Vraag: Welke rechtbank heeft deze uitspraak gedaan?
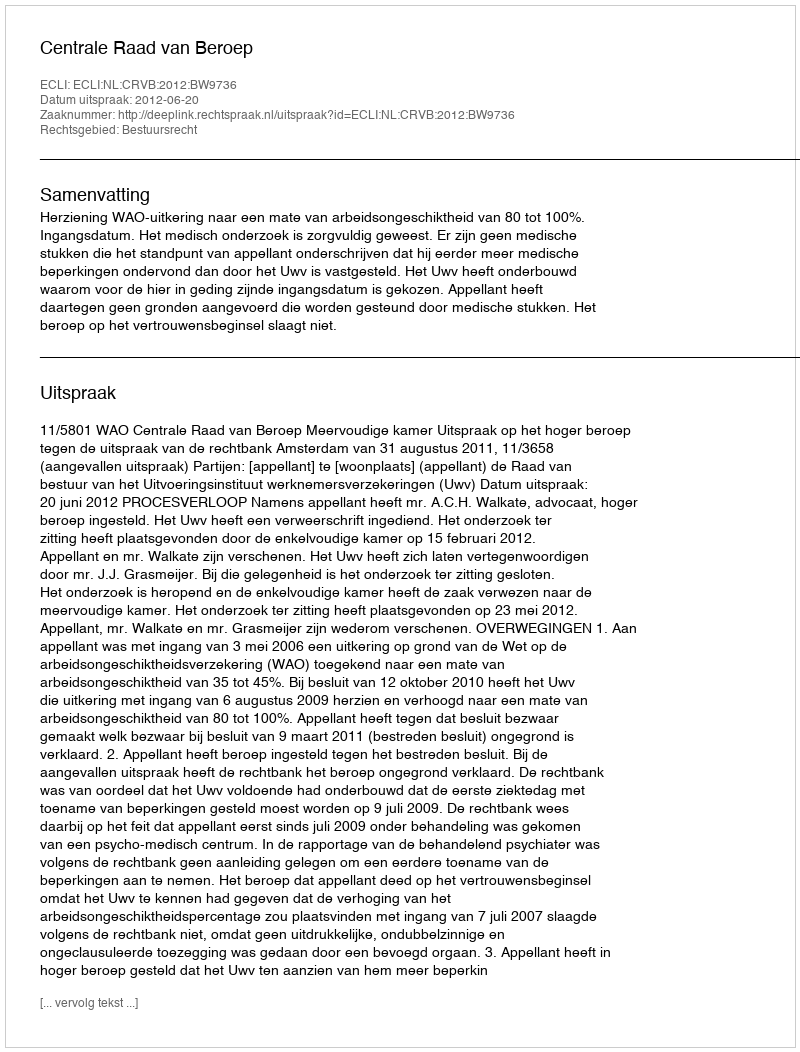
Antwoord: Centrale Raad van Beroep